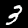
Digit: 3